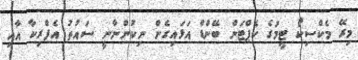
މިރޭ މެކްސިކޯ ޓީމުގެ ކެޕްޓަން ބޭންޑް އަޅައިގެން ނިކުންނާނީ ސައުތު އެފްރިކާ އާއި